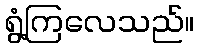
ရွံ့ကြလေသည်။